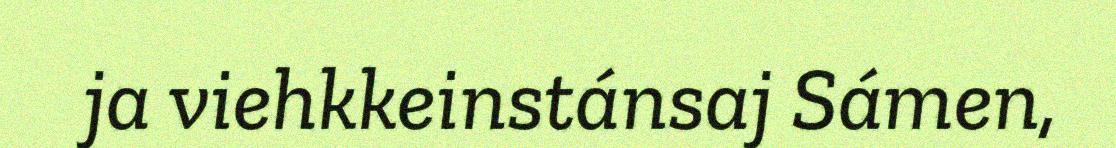
ja viehkkeinstánsaj Sámen,